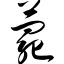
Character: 薨